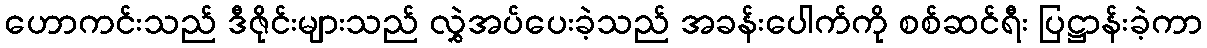
ဟောကင်းသည် ဒီဇိုင်းများသည် လွှဲအပ်ပေးခဲ့သည် အခန်းပေါက်ကို စစ်ဆင်ရီး ပြဋ္ဌာန်းခဲ့ကာ